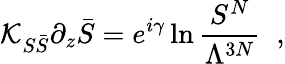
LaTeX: {\cal K}_{S\bar{S}}\partial_{z}\bar{S}=e^{i\gamma}\ln\frac{S^{N}}{\Lambda^{3N}}\; \; ,